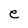
Character: e